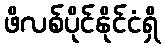
ဖိလစ်ပိုင်နိုင်ငံရှိ